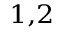
^ { 1 , 2 }